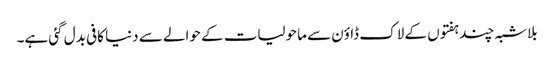
بلاشبہ چند ہفتوں کے لاک ڈاؤن سے ماحولیات کے حوالے سے دنیا کافی بدل گئی ہے۔